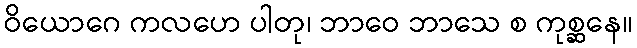
ဝိယောဂေ ကလဟေ ပါတု၊ ဘာဝေ ဘာသေ စ ကုစ္ဆနေ။